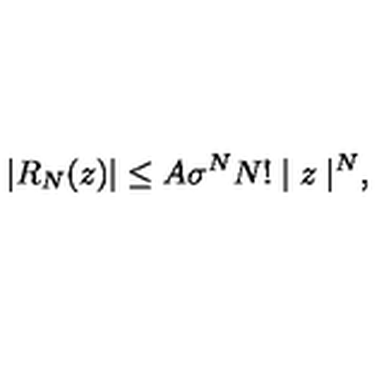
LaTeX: | R _ { N } ( z ) | \leq A \sigma ^ { N } N ! \mid z \mid ^ { N } ,